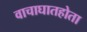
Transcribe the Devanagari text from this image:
वाचाघातहोता